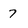
Character: 7